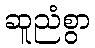
ဆူညံစွာ